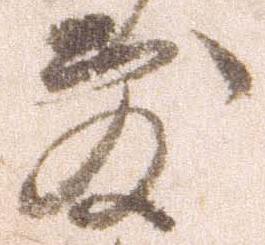
敷